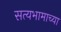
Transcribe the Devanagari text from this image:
सत्यभामाच्या